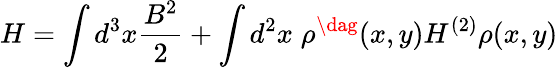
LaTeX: H=\int d^{3}x\frac{B^{2}}{2}+\int d^{2}x\; \rho^{\dag}(x,y)H^{(2)}\rho(x,y)